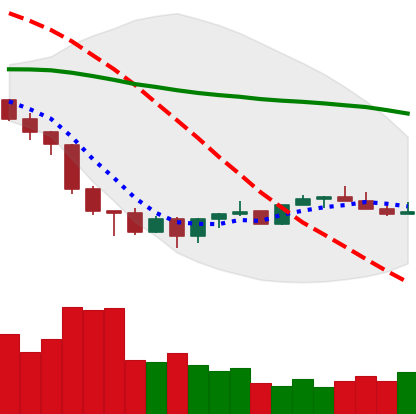
Ticker: XMR-USD
Chart end date: 2022-06-29
Forward return: 4.483%
Label: up_3_5